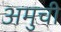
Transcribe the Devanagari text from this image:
अमुची